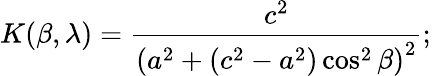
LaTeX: K(\beta,\lambda)={\frac{c^{2}}{\left(a^{2}+\left(c^{2}-a^{2}\right)\cos^{2}\beta\right)^{2}}};\,